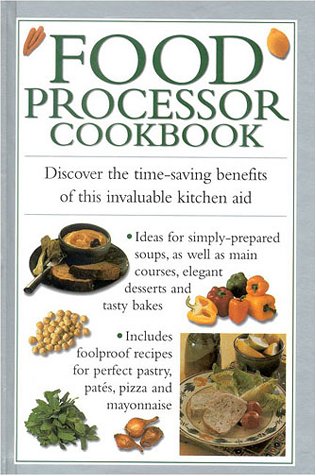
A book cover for Food Processor Cookbook (Cook's Essentials); Southwater; Cookbooks, Food & Wine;